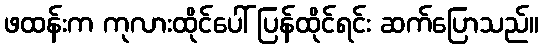
ဖထန်းက ကုလားထိုင်ပေါ် ပြန်ထိုင်ရင်း ဆက်ပြောသည်။